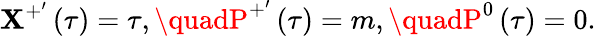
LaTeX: \mathbf{X}^{+^{\prime}}\left(\tau\right)=\tau,\quadP^{+^{\prime}}\left(\tau\right)=m,\quadP^{0}\left(\tau\right)=0.